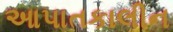
આપાતકાલીન